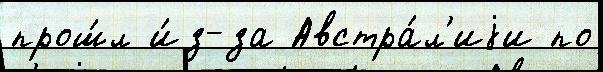
прош́л и́з-за Австра́л'иjи по